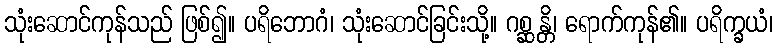
သုံးဆောင်ကုန်သည် ဖြစ်၍။ ပရိဘောဂံ၊ သုံးဆောင်ခြင်းသို့။ ဂစ္ဆန္တိ၊ ရောက်ကုန်၏။ ပရိက္ခယံ၊